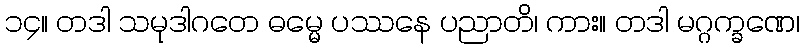
၁၄။ တဒါ သမုဒါဂတေ ဓမ္မေ ပဿနေ ပညာတိ၊ ကား။ တဒါ မဂ္ဂက္ခဏေ၊